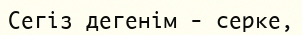
Сегіз дегенім - серке,